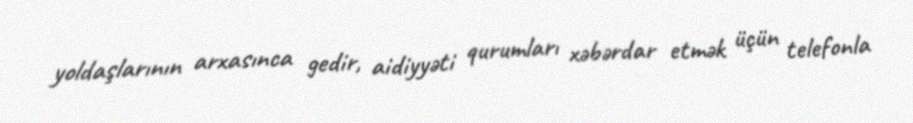
yoldaşlarının arxasınca gedir, aidiyyəti qurumları xəbərdar etmək üçün telefonla